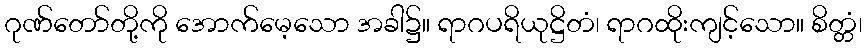
ဂုဏ်တော်တို့ကို အောက်မေ့သော အခါ၌။ ရာဂပရိယုဋ္ဌိတံ၊ ရာဂထိုးကျင့်သော။ စိတ္တံ၊